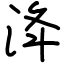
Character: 洚